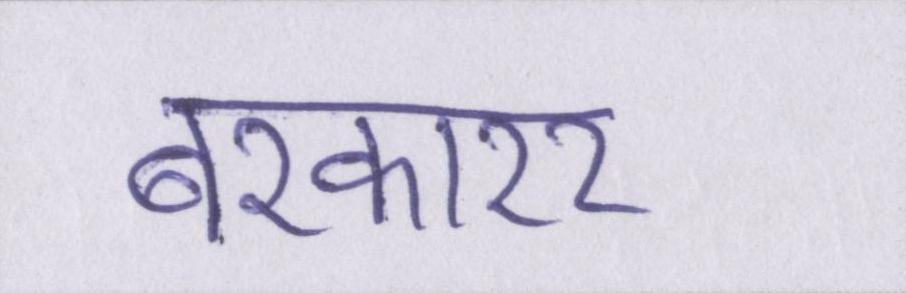
बरकारर